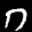
Label: 7